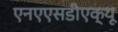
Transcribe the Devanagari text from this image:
एनएएसडीएक्यू